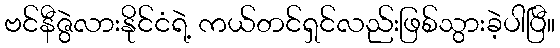
ဗင်နီဇွဲလားနိုင်ငံရဲ့ ကယ်တင်ရှင်လည်းဖြစ်သွားခဲ့ပါပြီ။